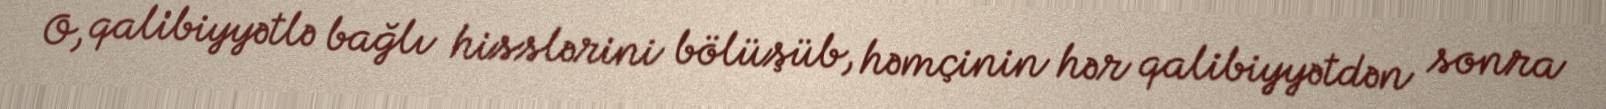
O, qalibiyyətlə bağlı hisslərini bölüşüb, həmçinin hər qalibiyyətdən sonra